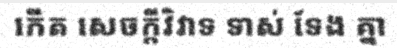
កើត សេចក្តីវិវាទ ទាស់ ទែង គ្នា